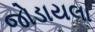
જોડાયલા